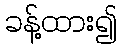
ခန့်ထား၍